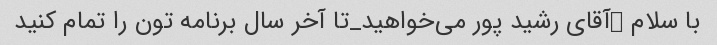
با سلام ❗آقای رشید پور می‌خواهید_تا آخر سال برنامه تون را تمام کنید